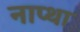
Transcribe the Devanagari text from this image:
नाप्था